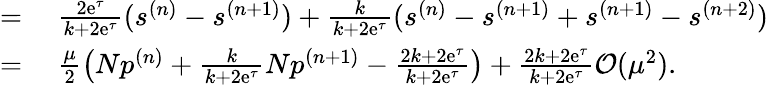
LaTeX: \begin{array}{rl}{=}&{{}~\frac{2\mathrm{e}^{\tau}}{k+2\mathrm{e}^{\tau}}(s^{(n)}-s^{(n+1)})+\frac{k}{k+2\mathrm{e}^{\tau}}(s^{(n)}-s^{(n+1)}+s^{(n+1)}-s^{(n+2)})}\\ {=}&{{}~\frac{\mu}{2}\left(Np^{(n)}+\frac{k}{k+2\mathrm{e}^{\tau}}Np^{(n+1)}-\frac{2k+2\mathrm{e}^{\tau}}{k+2\mathrm{e}^{\tau}}\right)+\frac{2k+2\mathrm{e}^{\tau}}{k+2\mathrm{e}^{\tau}}\mathcal{O}(\mu^{2}).}\end{array}